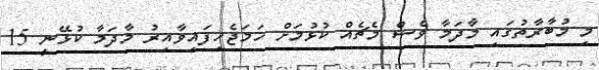
މި މުބާރާތުގައި މާދަމާ ވެސް މެޗެއް ކުޅުމަށް ހަމަޖެހިފައިވާއިރު މާދަމާ ކުޅޭނީ 15